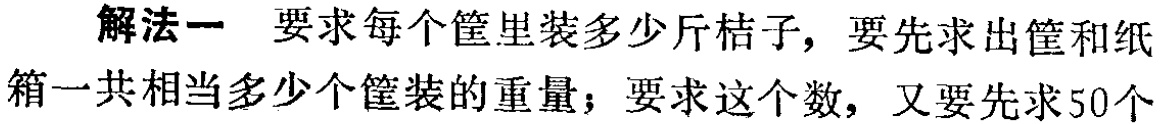
解法一 要求每个筐里装多少斤桔子，要先求出筐和纸
箱一共相当多少个筐装的重量；要求这个数，又要先求50个